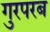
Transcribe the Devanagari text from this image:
गुरपरब